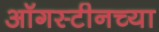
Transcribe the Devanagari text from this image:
ऑगस्टीनच्या